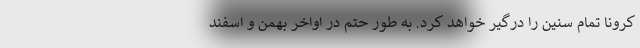
کرونا تمام سنین را درگیر خواهد کرد. به طور حتم در اواخر بهمن و اسفند